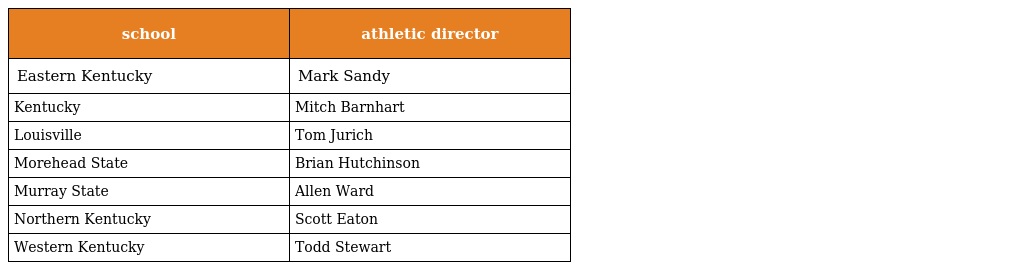
| school | athletic director |
 | --- | --- |
 | Eastern Kentucky | Mark Sandy |
 | Kentucky | Mitch Barnhart |
 | Louisville | Tom Jurich |
 | Morehead State | Brian Hutchinson |
 | Murray State | Allen Ward |
 | Northern Kentucky | Scott Eaton |
 | Western Kentucky | Todd Stewart |